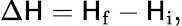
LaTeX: \Delta\mathsf{H}=\mathsf{H}_{\mathrm{{f}}}-\mathsf{H}_{\mathrm{{i}}},